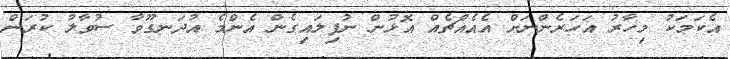
އެކަމަކު މިހާރު އަހަރެންނަށް އެއެއްޗެއް އޮޅުން ނުފިލައިގެން އެންމެ އުދަނގޫވާ ސުވާލު ކުރަން